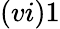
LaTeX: (vi)1